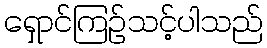
ရှောင်ကြဉ်သင့်ပါသည်